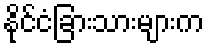
နိုင်ငံခြားသားများက